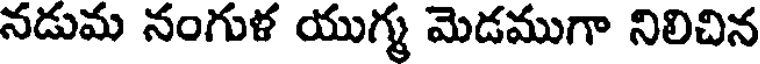
నడుమ నంగుళ యుగ్మ మెడముగా నిలిచిన